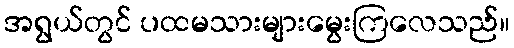
အရွယ်တွင် ပထမသားများမွေးကြလေသည်။